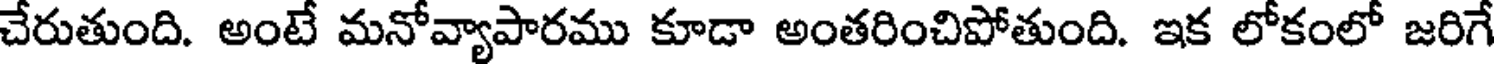
చేరుతుంది. అంటే మనోవ్యాపారము కూడా అంతరించిపోతుంది. ఇక లోకంలో జరిగే